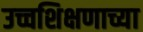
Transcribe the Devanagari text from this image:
उच्चशिक्षणाच्या